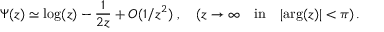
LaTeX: \Psi ( z ) \simeq \mathrm { l o g } ( z ) - \frac { 1 } { 2 z } + O ( 1 / z ^ { 2 } ) \; , \quad ( z \rightarrow \infty \quad \mathrm { i n } \quad \vert \mathrm { a r g } ( z ) \vert < \pi ) \, .